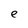
Character: e